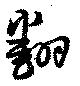
翻